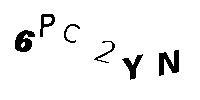
6PC2YN